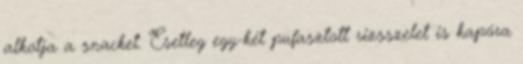
alkotja a snacket. Esetleg egy-két pufasztott rizsszelet is kapóra